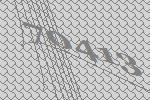
70413